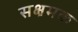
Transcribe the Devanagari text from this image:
सक्षमक